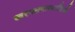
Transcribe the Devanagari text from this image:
खरपतवारनाशियों